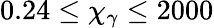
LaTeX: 0.24\leq\chi_{\gamma}\leq 2000